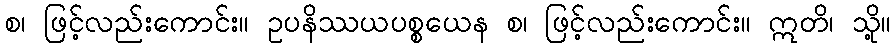
စ၊ ဖြင့်လည်းကောင်း။ ဥပနိဿယပစ္စယေန စ၊ ဖြင့်လည်းကောင်း။ ဣတိ၊ သို့။